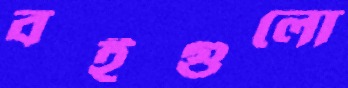
বইগুলো